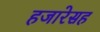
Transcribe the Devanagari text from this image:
हजारेसह